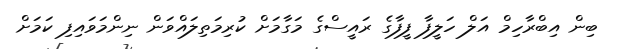
ބިން އިބްރާހިމް އަލް ހަލީފާ ފީފާގެ ރައީސްގެ މަގާމަށް ކުރިމަތިލައްވަން ނިންމަވައިފި ކަމަށް